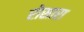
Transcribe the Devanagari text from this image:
रोसारा